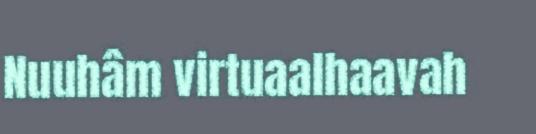
Nuuhâm virtuaalhaavah